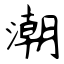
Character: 潮